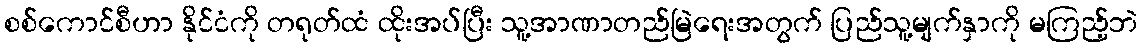
စစ်ကောင်စီဟာ နိုင်ငံကို တရုတ်ထံ ထိုးအပ်ပြီး သူ့အာဏာတည်မြဲရေးအတွက် ပြည်သူ့မျက်နှာကို မကြည့်ဘဲ